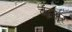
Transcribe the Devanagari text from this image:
चंद्रसूर